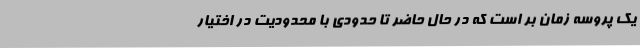
یک پروسه زمان بر است که در حال حاضر تا حدودی با محدودیت در اختیار